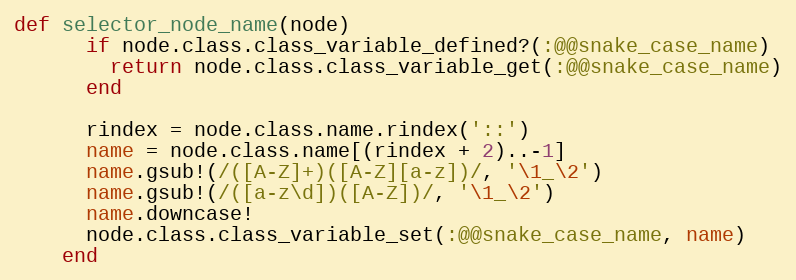
Language: Ruby
def selector_node_name(node)
      if node.class.class_variable_defined?(:@@snake_case_name)
        return node.class.class_variable_get(:@@snake_case_name)
      end

      rindex = node.class.name.rindex('::')
      name = node.class.name[(rindex + 2)..-1]
      name.gsub!(/([A-Z]+)([A-Z][a-z])/, '\1_\2')
      name.gsub!(/([a-z\d])([A-Z])/, '\1_\2')
      name.downcase!
      node.class.class_variable_set(:@@snake_case_name, name)
    end